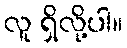
လူ ရှိလို့ပါ။